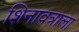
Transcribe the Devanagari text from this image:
शिनावत्राला